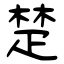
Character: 楚